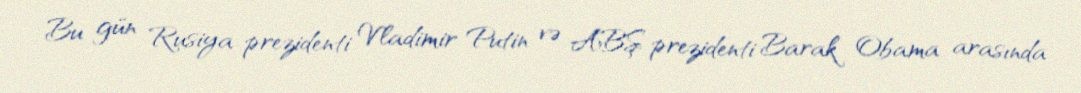
Bu gün Rusiya prezidenti Vladimir Putin və ABŞ prezidenti Barak Obama arasında